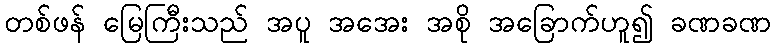
တစ်ဖန် မြေကြီးသည် အပူ အအေး အစို အခြောက်ဟူ၍ ခဏခဏ